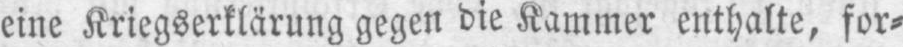
eine Kriegserklärung gegen die Kammer enthalte, for⸗